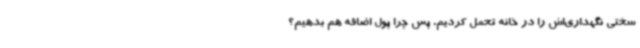
سختی نگهداری‌اش را در خانه تحمل کردیم. پس چرا پول اضافه هم بدهیم؟